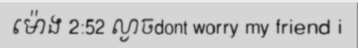
ម៉ោង 2:52 ល្ងាចdont worry my friend i